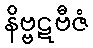
နိဗ္ဗဋဗီဇံ